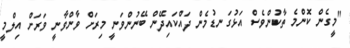
"މީގެން ކޮންމެ ތާކުންވެސް އަޅުގަނޑުމެން ދައްކައިދޭން ބޭނުންވަނީ މިރަށް ވާންވާނީ ވަރަށް އިލްމީ